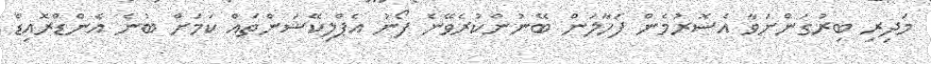
މަދިރި ބިރުގަންނަވާ އެސޮރުމެން ފަހާލަން ބޭނުންކުރެވޭނެ ފޯނު އެޕްލިކޭޝަންތައް ކަމަށް ބުނެ އެންޑްރޮއިޑް